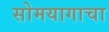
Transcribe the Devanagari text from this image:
सोमयागाचा